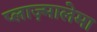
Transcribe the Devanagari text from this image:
प्लाज़्मालेमा